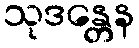
သုဒန္တေန